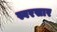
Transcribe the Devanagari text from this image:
स्वरसार